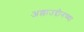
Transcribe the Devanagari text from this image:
अल्लाउद्दीनच्या